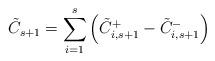
LaTeX: \begin{align*}\tilde{C}_{s+1} = \sum_{i=1}^s \left( \tilde{C}_{i,s+1}^+ - \tilde{C}_{i,s+1}^- \right)\end{align*}